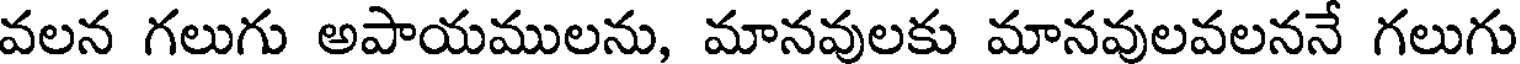
వలన గలుగు అపాయములను, మానవులకు మానవులవలననే గలుగు